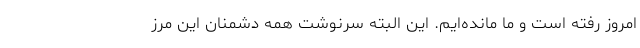
امروز رفته است و ما مانده‌ایم. این البته سرنوشت همه دشمنان این مرز